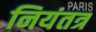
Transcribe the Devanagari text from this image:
नियंतत्र